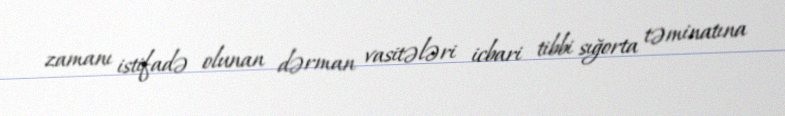
zamanı istifadə olunan dərman vasitələri icbari tibbi sığorta təminatına